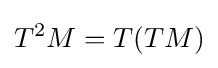
T^{2}M=T(TM)